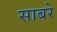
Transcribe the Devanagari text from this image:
साबरे